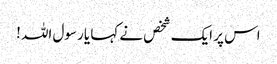
اس پر ایک شخص نے کہا یا رسول اللہ !